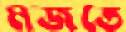
মজতে